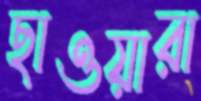
ছাওয়ারা